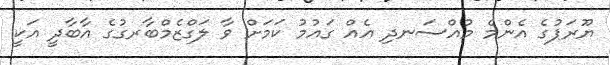
ޔޫރަޕުގެ އެންމެ މުއްސަނދި އެއް ގައުމު ކަމަށް ވާ ލަގްޒެމްބާރގުގެ އާބާދީ އަކީ